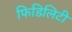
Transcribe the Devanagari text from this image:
फिडिलिटी